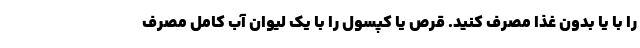
را با یا بدون غذا مصرف کنید. قرص یا کپسول را با یک لیوان آب کامل مصرف